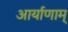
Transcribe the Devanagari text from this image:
आर्याणाम्